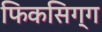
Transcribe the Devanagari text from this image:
फिकसिग्ग